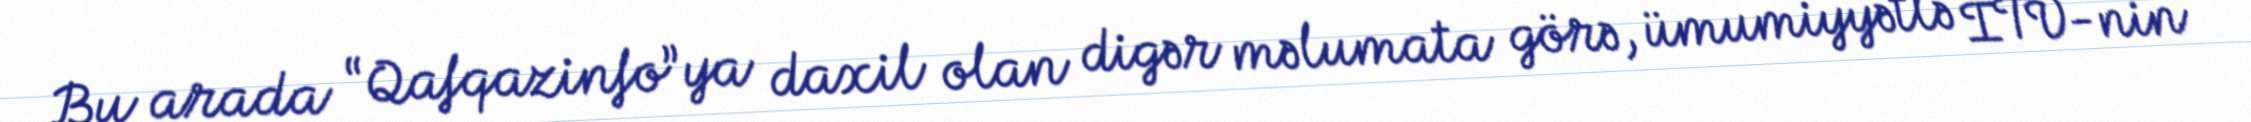
Bu arada “Qafqazinfo”ya daxil olan digər məlumata görə, ümumiyyətlə İTV-nin